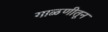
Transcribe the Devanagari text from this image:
गाळणीतून